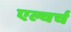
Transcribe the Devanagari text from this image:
एल्चर्च